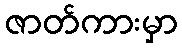
ဇာတ်ကားမှာ